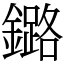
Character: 鏴